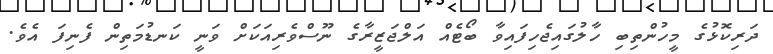
ދަރިކޮޅުގެ މީހުންތިބި ހާލުގައިޖެހިފައިވާ ބޯޓެއް އަލްޖަޒީރާގެ ނޫސްވެރިއަކަށް ވަނީ ކަނޑުމަތިން ފެނިފަ އެވެ.